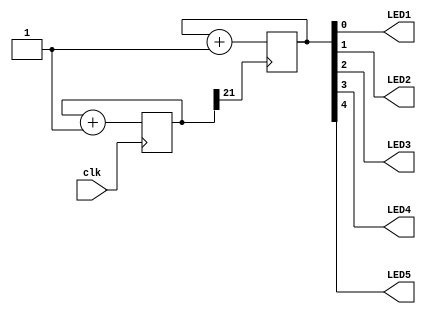
module top (
	input  clk,
	output LED1,
	output LED2,
	output LED3,
	output LED4,
	output LED5
);
	reg [21:0] counter = 0;
	reg [4:0] testt = 0;

	always @(posedge clk) begin
		counter <= counter + 1;
	end

	always @(posedge counter[21:21]) begin
		testt <= testt +1;
	end


	assign {LED5, LED4, LED3, LED2, LED1} = testt;
endmodule